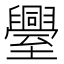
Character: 𮍤